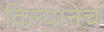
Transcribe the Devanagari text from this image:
दिल्यानेच